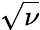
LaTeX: \sqrt{\nu}